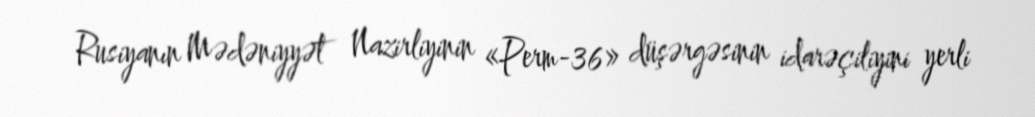
Rusiyanın Mədəniyyət Nazirliyinin «Perm-36» düşərgəsinin idarəçiliyini yerli